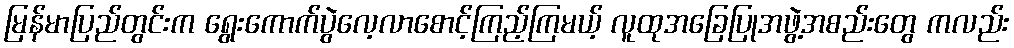
မြန်မာပြည်တွင်းက ရွေးကောက်ပွဲလေ့လာစောင့်ကြည့်ကြမယ့် လူထုအခြေပြုအဖွဲ့အစည်းတွေ ကလည်း